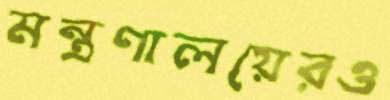
মন্ত্রণালয়েরও